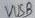
Text: VUSB